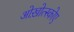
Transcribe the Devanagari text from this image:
ओख़ोत्स्कोए